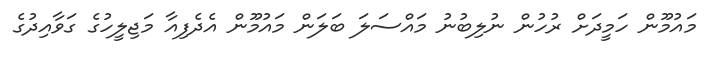
މައުމޫން ހަމީދަށް ރުހުން ނުލިބުނު މައްސަލަ ބަލަން މައުމޫން އެދެފިއާ މަޖިލީހުގެ ގަވާއިދުގެ